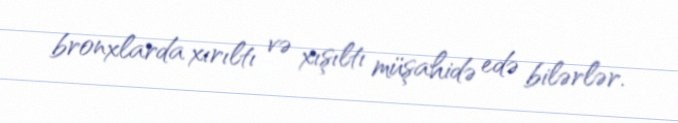
bronxlarda xırıltı və xışıltı müşahidə edə bilərlər.